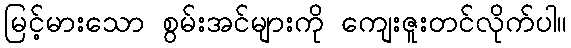
မြင့်မားသော စွမ်းအင်များကို ကျေးဇူးတင်လိုက်ပါ။